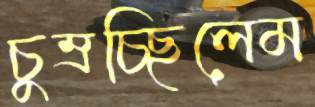
চুম্‌রচ্ছিলেম